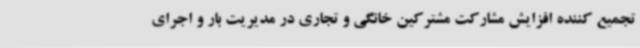
تجمیع کننده افزایش مشارکت مشترکین خانگی و تجاری در مدیریت بار و اجرای